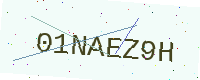
Text: 01NAEZ9H